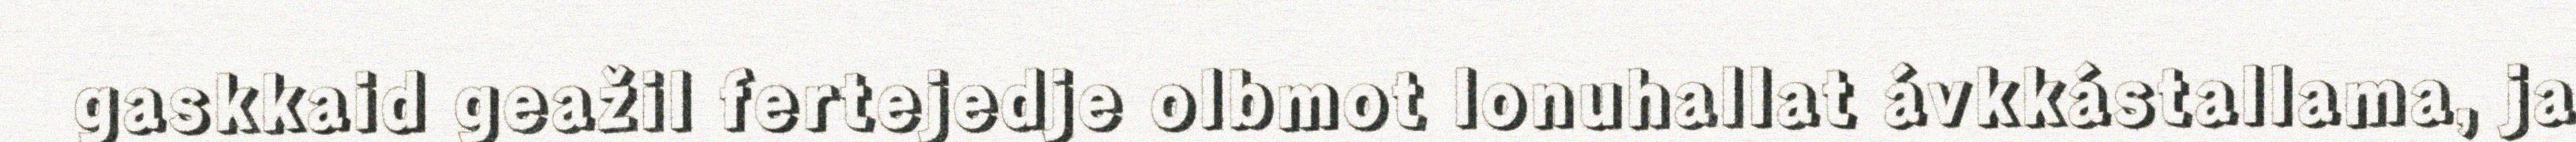
gaskkaid geažil fertejedje olbmot lonuhallat ávkkástallama, ja